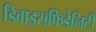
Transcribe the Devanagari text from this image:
डिवाइसफिडेलिटी